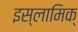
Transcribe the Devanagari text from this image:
इस्लामिक्